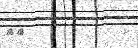
٥٨